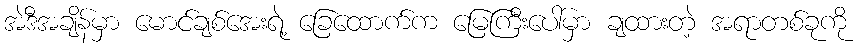
အဲဒီအချိန်မှာ မောင်ချစ်အေးရဲ့ ခြေထောက်က မြေကြီးပေါ်မှာ ချထားတဲ့ အရာတစ်ခုကို